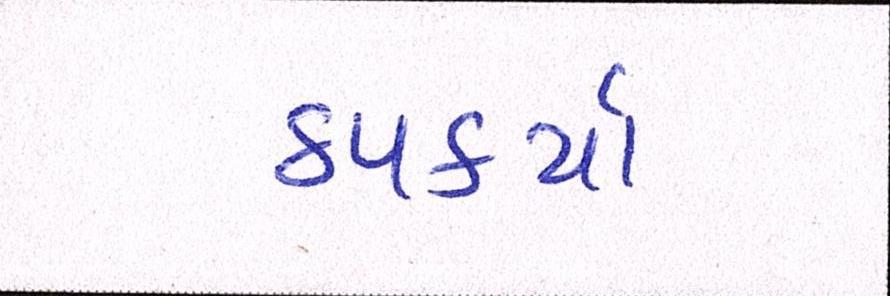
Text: ઠપકર્યા